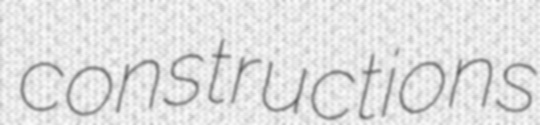
constructions